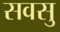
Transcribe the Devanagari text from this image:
सवसु